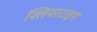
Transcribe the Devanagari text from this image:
क्लियरटाइप